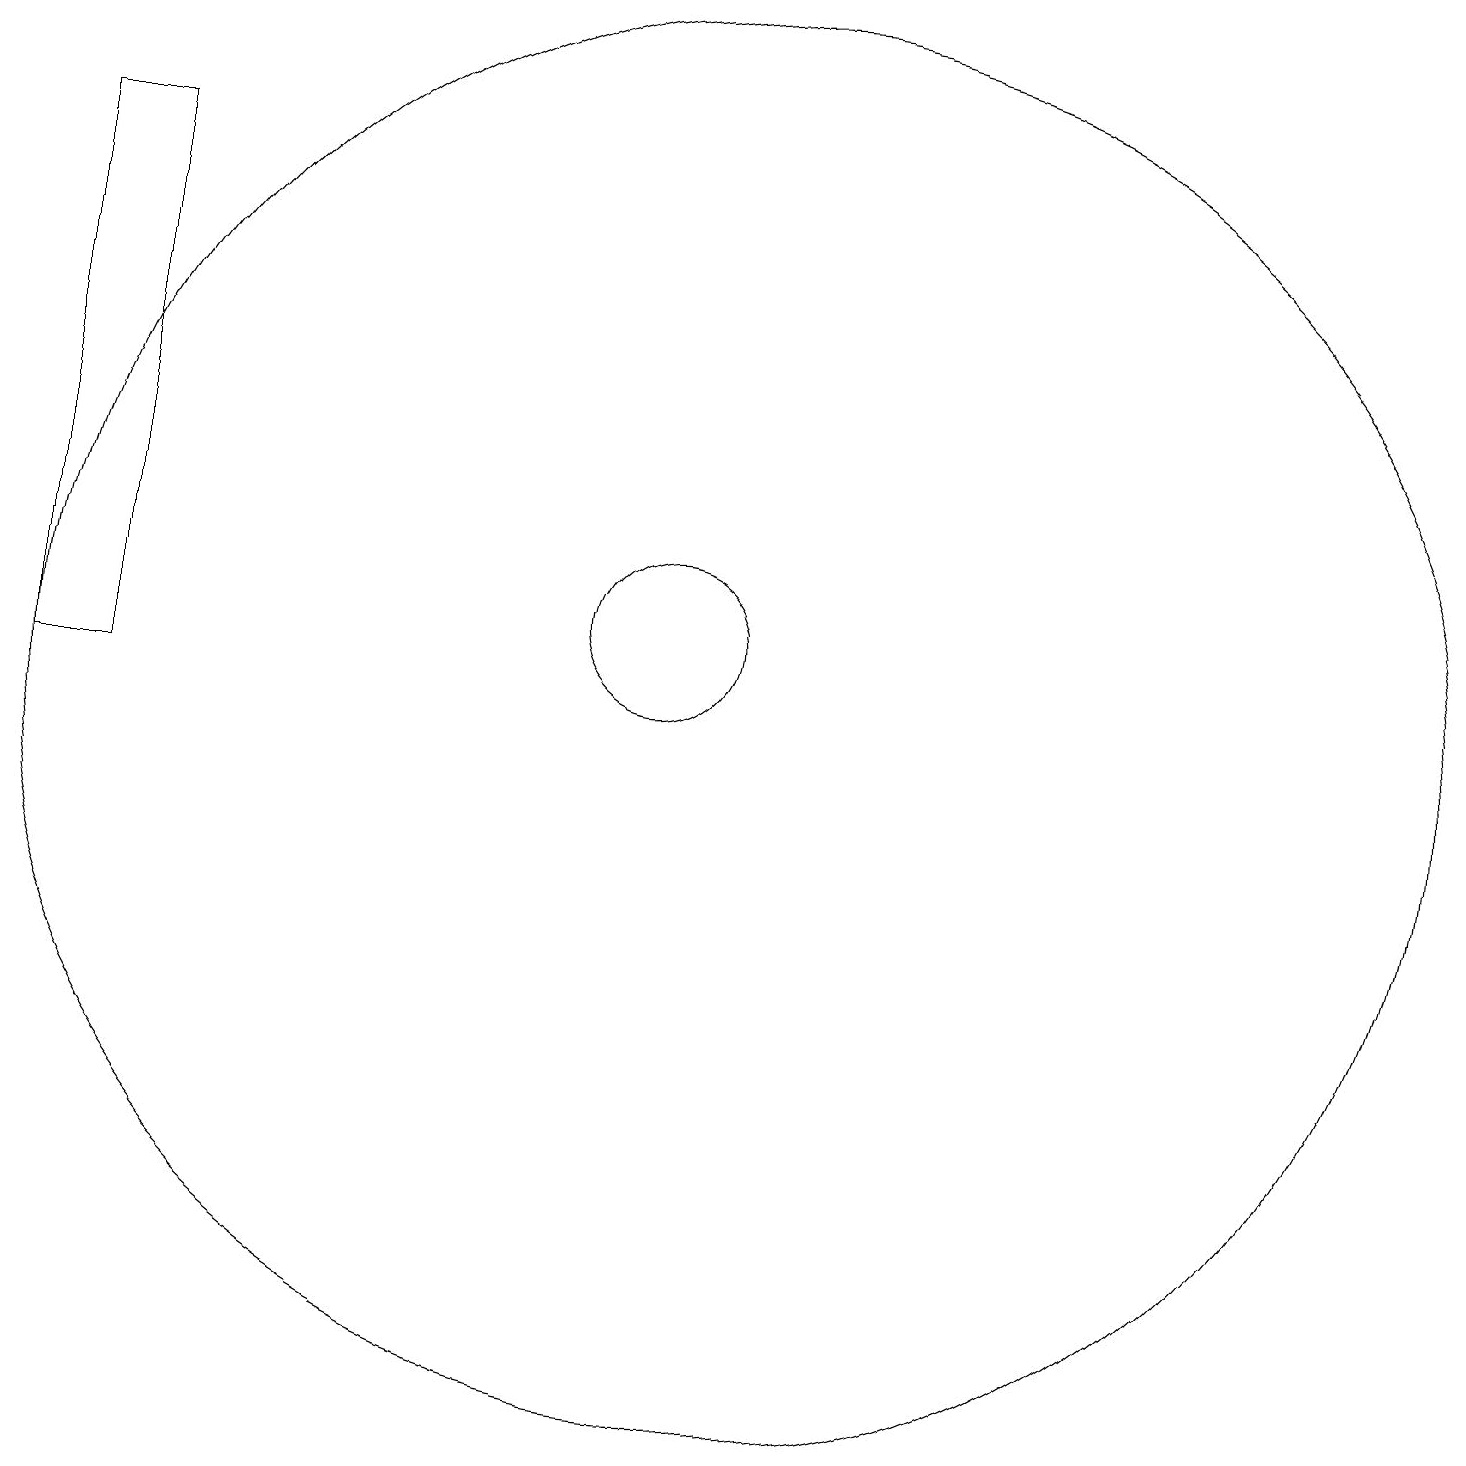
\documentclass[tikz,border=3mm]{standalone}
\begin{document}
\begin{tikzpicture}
\draw (10,11) circle (1);
\draw (11,10) circle (9);
\draw (2,17) rectangle (3,10);
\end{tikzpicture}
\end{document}